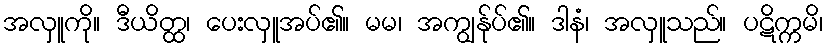
အလှူကို။ ဒီယိတ္ထ၊ ပေးလှူအပ်၏။ မမ၊ အကျွန်ုပ်၏။ ဒါနံ၊ အလှူသည်။ ပဋိက္ကမိ၊